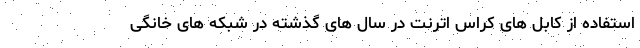
استفاده از کابل های کراس اترنت در سال های گذشته در شبکه های خانگی